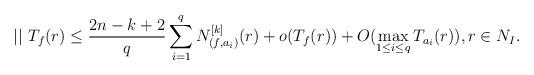
LaTeX: \begin{align*}||\ T_f(r)\le\dfrac{2n-k+2}{q}\sum_{i=1}^qN^{[k]}_{(f,a_{i})}(r)+o(T_f(r))+O(\max_{1\le i \le q}T_{a_i}(r)),r\in N_I.\end{align*}